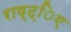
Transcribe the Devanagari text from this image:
राष्ट्िए